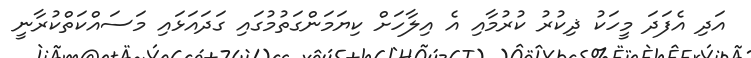
އަދި އެފަދަ މީހަކު ޛިކުރު ކުރުމާއި އެ އިލާހަށް ކިޔަމަންގަތުމުގައި ގަދައަޅައި މަސައްކަތްކުރާނީ